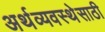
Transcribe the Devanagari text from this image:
अर्थव्यवस्थेसाठी